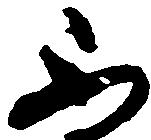
不